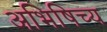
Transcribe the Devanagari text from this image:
अभिषिच्य